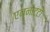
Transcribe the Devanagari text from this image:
एन्नाट्टो